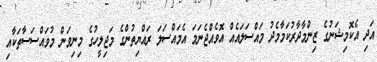
އަދި އެކޮމިޝަނުގެ ޒިންމާދާރުކަމާމެދު މައްސަލައެއް އޮވެއްޖެނަމަ އެމައްސަލަ ރައްޔިތުންގެ މަޖިލީހުގެ މިނިވަން މުވައްސަސާތަކާއި